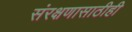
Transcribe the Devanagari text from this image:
संरक्षणासाठीही